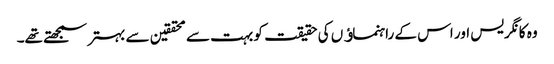
وہ کانگریس اور اس کے راہنماﺅں کی حقیقت کو بہت سے محققین سے بہتر سمجھتے تھے۔